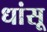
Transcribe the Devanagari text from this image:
धांसू